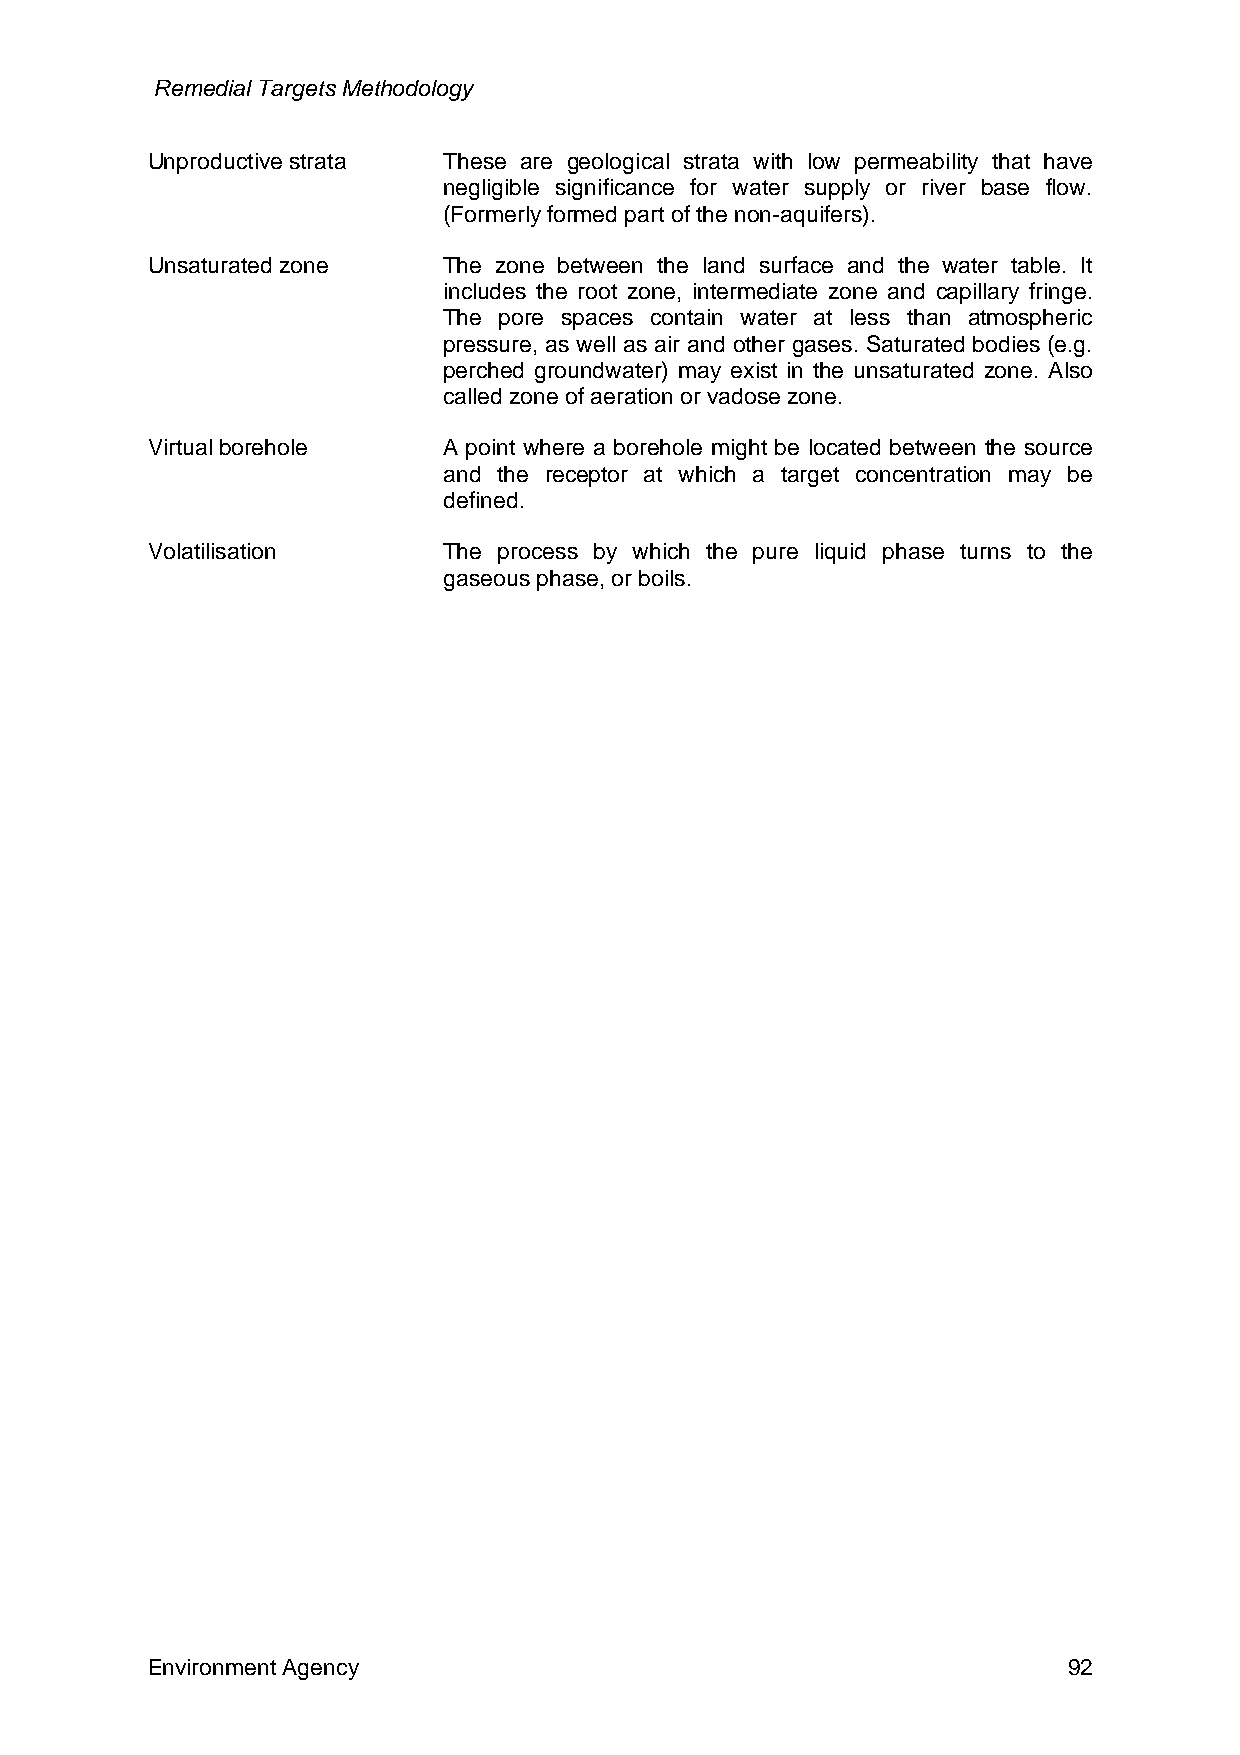
Remedial Targets Methodology
 Unproductive strata These are geological strata with low permeability that have
 negligible significance for water supply or river base flow.
 (Formerly formed part of the non-aquifers).
 Unsaturated zone   The zone between the land surface and the water table. It
 includes the root zone, intermediate zone and capillary fringe.
 The pore spaces contain water at less than atmospheric
 pressure, as well as air and other gases. Saturated bodies (e.g.
 perched groundwater) may exist in the unsaturated zone. Also
 called zone of aeration or vadose zone.
 Virtual borehole   A point where a borehole might be located between the source
 and the receptor at which a target concentration may be
 defined.
 Volatilisation     The process by which the pure liquid phase turns to the
 gaseous phase, or boils.
 Environment Agency                                           92